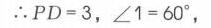
\(\therefore PD = 3,\angle1 = 60^{\circ},\)